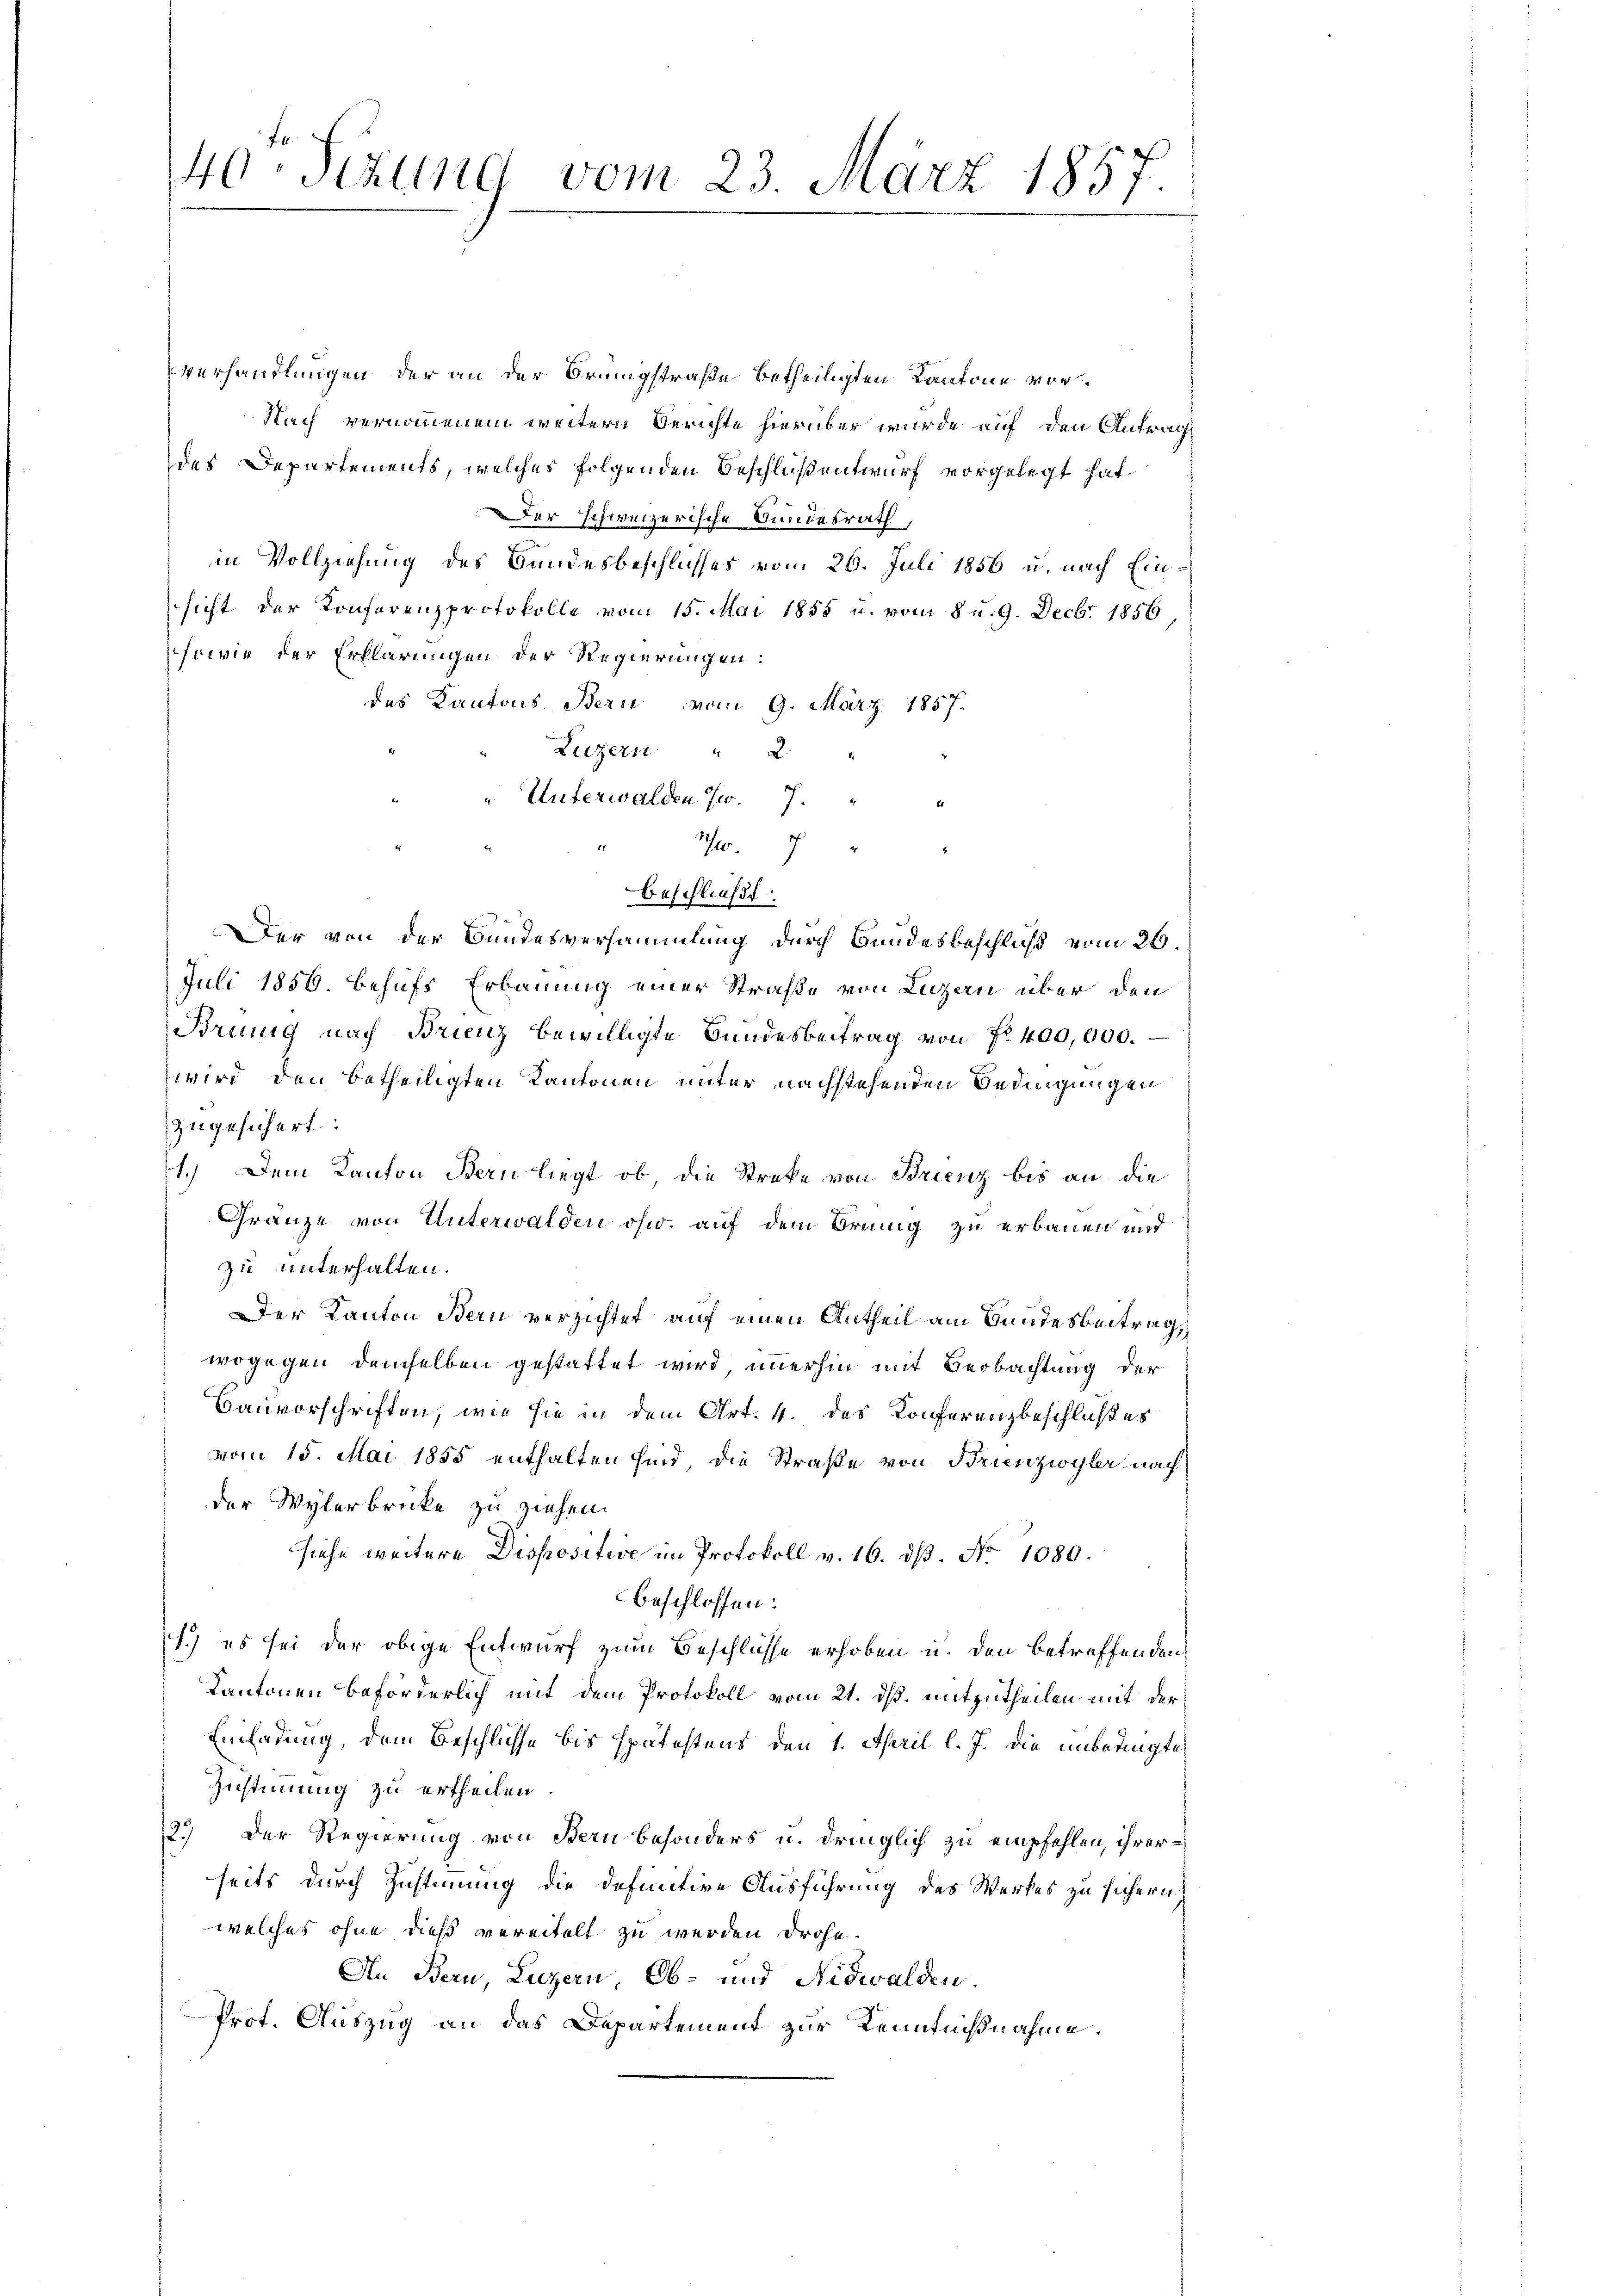
40. Sizung vom 23. März 1857.

Verhandlungen der an der Brungstraße betheiligten Kantone vor¬
Nach vernommenem weitern Berichte hierüber wurde auf den Antrag
des Departements, welches folgenden Beschluß entwurf vorgelegt hat
Der schweizerische Bundesrath,
in Vollziehung des Bundesbeschlusses vom 26. Juli 1856 u. nach Einsicht der Konferenzprotokolle vom 15. Mai 1855 u. vom 8 u. 9. Decbr 1856,
sowie der Erklärungen der Regierungen:
des Kantons Bern vom 9. März 1857.
Luzern " 2
" Unterwalden Jw. 7.
11
Beschließt:
Der von der Bundesversammlung durch Bundesbeschluß vom 26.
Juli 1856. behufs Erbauung einer Straße von Luzern über den
Brung nach Brunz bewilligte Bundesbeitrag von No 400,000.
wird den betheiligten Kantonen unter nachstehenden Bedingungen
zugesichert.
1.) Dem Kanton Bern liegt, ob die Streke von Brienz bis an die
Gränze von Unterwalden ohw. auf dem Brung zu erbauen und
zu unterhalten.
Der Kanton Bern verzichtet auf einen Antheil am Bandesbeitrag
wogegen demselben gestattet wird, immerhin mit Beobachtung der
Bauvorschriften, wie sie in dem Art. 4. des Konferenzbeschlußes
vom 15. Mai 1855 enthalten sind, die Straße von Brienzwyler nach
der Wylerbrecke zu ziehen.
siehe weitere Dispositive im Protokoll v. 16. ds. No 1080.
beschlossen:
1.) es sei der obige Entwurf zum Beschlüsse erhoben u. den betreffenden
Kantonen beförderlich mit dem Protokoll vom 21. ds. mitzutheilen mit der
Einladung, dem Beschlüsse bis spätostens den 1. April l. J. die unbedingte
Zustimmung zu ertheilen
2.) Der Regierung von Bern besonders u. dringlich zu empfehlen, ihrerseits durch Zustimmung die defunctive Ausführung des Werkes zu sichern
welches ohne dieß vereitelt zu werden drohe.
An Bern, Luzern, Ob- und Nidwalden.
Prof. Auszug an das Departement zur Kenntnißnahme.

Schw.